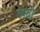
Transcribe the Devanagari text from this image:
ड्यूशी